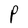
Character: P